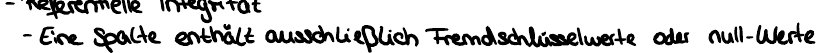
- Eine Spalte enthält ausschließlich Fremdschlüsselwerte oder null-Werte